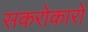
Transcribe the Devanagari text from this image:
सकरोकारों